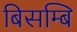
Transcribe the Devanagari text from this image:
बिसम्बि